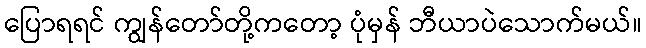
ပြောရရင် ကျွန်တော်တို့ကတော့ ပုံမှန် ဘီယာပဲသောက်မယ်။